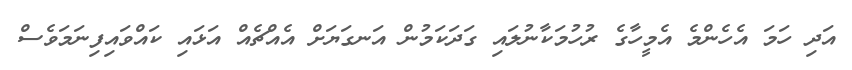
އަދި ހަމަ އެހެންމެ އެމީހާގެ ރުހުމަކާނުލައި ގަދަކަމުން އަނގަޔަށް އެއްޗެއް އަޅައި ކައްވައިފިނަމަވެސް